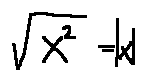
\sqrt { x ^ { 2 } } = | x |